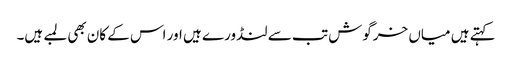
کہتے ہیں میاں خرگوش تب سے لنڈورے ہیں اور اس کے کان بھی لمبے ہیں۔